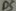
Text: D5